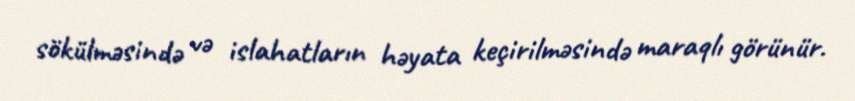
sökülməsində və islahatların həyata keçirilməsində maraqlı görünür.